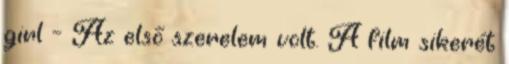
girl – Az első szerelem volt. A film sikerét